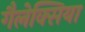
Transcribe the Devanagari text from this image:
गैलेक्सिया